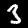
Digit: 3